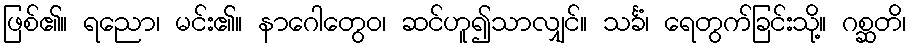
ဖြစ်၏။ ရညော၊ မင်း၏။ နာဂေါတွေဝ၊ ဆင်ဟူ၍သာလျှင်။ သင်္ခံ၊ ရေတွက်ခြင်းသို့။ ဂစ္ဆတိ၊